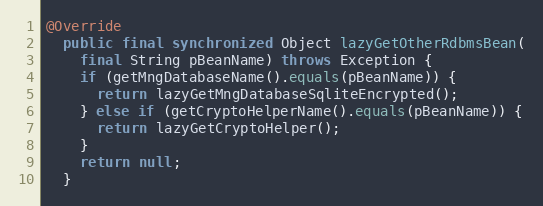
Language: Java
@Override
  public final synchronized Object lazyGetOtherRdbmsBean(
    final String pBeanName) throws Exception {
    if (getMngDatabaseName().equals(pBeanName)) {
      return lazyGetMngDatabaseSqliteEncrypted();
    } else if (getCryptoHelperName().equals(pBeanName)) {
      return lazyGetCryptoHelper();
    }
    return null;
  }